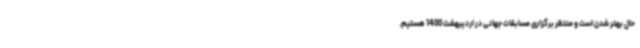
حال بهتر شدن است و منتظر برگزاری مسابقات جهانی در اردیبهشت 1400 هستیم.